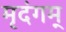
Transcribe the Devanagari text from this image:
मृदंगम्